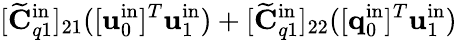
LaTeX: [\widetilde{\mathbf{C}}_{q1}^{\mathrm{in}}]_{21}([\mathbf{u}_{0}^{\mathrm{in}}]^{T}\mathbf{u}_{1}^{\mathrm{in}})+[\widetilde{\mathbf{C}}_{q1}^{\mathrm{in}}]_{22}([\mathbf{q}_{0}^{\mathrm{in}}]^{T}\mathbf{u}_{1}^{\mathrm{in}})